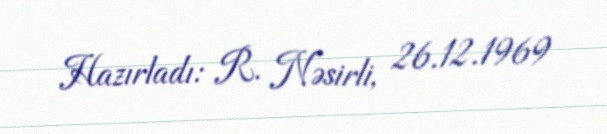
Hazırladı: R. Nəsirli, 26.12.1969